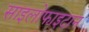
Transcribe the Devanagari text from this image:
साइलोफाइटान